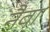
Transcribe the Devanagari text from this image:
नैवा